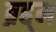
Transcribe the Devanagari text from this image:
ब्रह्‌म